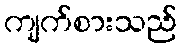
ကျက်စားသည်